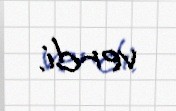
verdi.